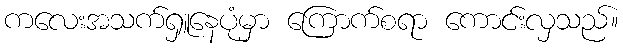
ကလေးအသက်ရှူနေပုံမှာ ကြောက်စရာ ကောင်းလှသည်။